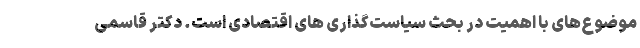
موضوع‌های با اهمیت در بحث سیاست‌گذاری­ های اقتصادی است. دکتر قاسمی